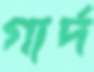
গার্দ